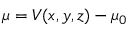
\mu = V ( x , y , z ) - \mu _ { 0 }